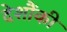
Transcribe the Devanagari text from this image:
देशौंकी